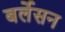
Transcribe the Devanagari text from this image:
बर्लेसन